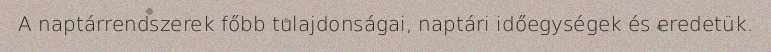
A naptárrendszerek főbb tulajdonságai, naptári időegységek és eredetük.